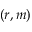
( r , m )